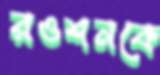
রওশনকে